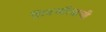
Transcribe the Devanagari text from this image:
शिवचरित्राची